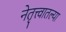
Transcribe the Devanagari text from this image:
नेतृत्त्वातल्या